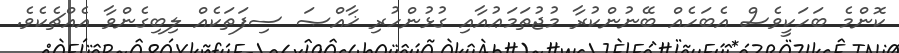
ކޮންމެ ބަހަކީވެސް އެބަހެއް ބޭނުންކުރާ މުޖުތަމަޢުއާއި ގުޅުންހުރި ޚާއްޞަ ސިފަތަކެއް ލިބިގެންވާ އެއްޗެކެވެ.